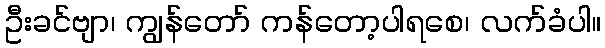
ဦးခင်ဗျာ၊ ကျွန်တော် ကန်တော့ပါရစေ၊ လက်ခံပါ။